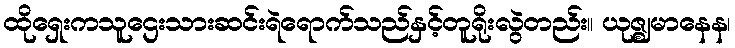
ထိုရှေးကသူဌေးသားဆင်းရဲရောက်သည်နှင့်တူရိုးလွဲတည်း။ ယုဇ္ဈမာနေန၊